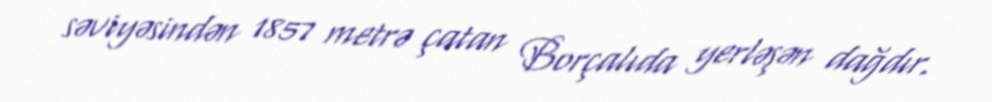
səviyəsindən 1857 metrə çatan Borçalıda yerləşən dağdır.